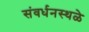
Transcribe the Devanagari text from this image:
संवर्धनस्थळे